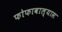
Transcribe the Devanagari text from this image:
फोफावाल्यास